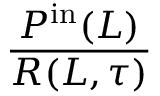
\frac { P ^ { \mathrm { i n } } ( L ) } { R ( L , \tau ) }